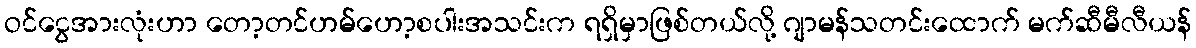
ဝင်ငွေအားလုံးဟာ တော့တင်ဟမ်ဟော့စပါးအသင်းက ရရှိမှာဖြစ်တယ်လို့ ဂျာမန်သတင်းထောက် မက်ဆီမီလီယန်